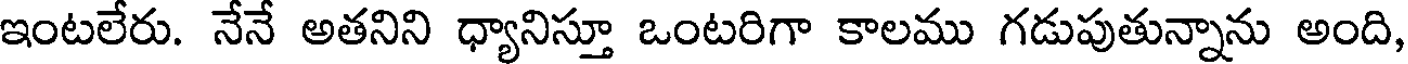
ఇంటలేరు. నేనే అతనిని ధ్యానిస్తూ ఒంటరిగా కాలము గడుపుతున్నాను అంది,